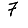
Digit: 7